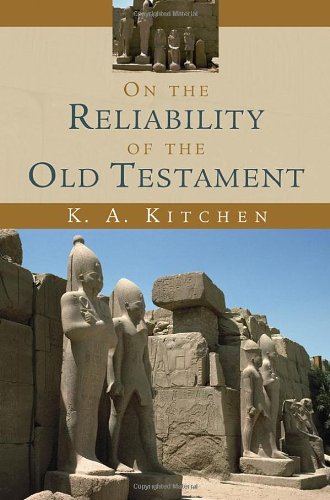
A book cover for On the Reliability of the Old Testament; K. A. Kitchen; Religion & Spirituality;